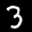
Label: 3